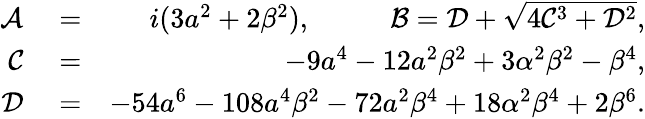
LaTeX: \begin{array}{rlr}{\mathcal{A}}&{{}=}&{i(3a^{2}+2\beta^{2}),~~~~~~~~~~~\mathcal{B}=\mathcal{D}+\sqrt{4\mathcal{C}^{3}+\mathcal{D}^{2}},}\\ {\mathcal{C}}&{{}=}&{-9a^{4}-12a^{2}\beta^{2}+3\alpha^{2}\beta^{2}-\beta^{4},}\\ {\mathcal{D}}&{{}=}&{-54a^{6}-108a^{4}\beta^{2}-72a^{2}\beta^{4}+18\alpha^{2}\beta^{4}+2\beta^{6}.}\end{array}